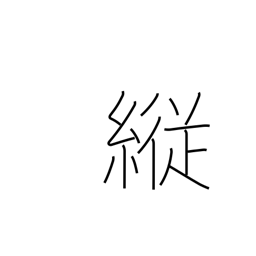
Meaning: self-indulgent